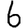
Digit: 6